Leaving Certificate Examination, 1915
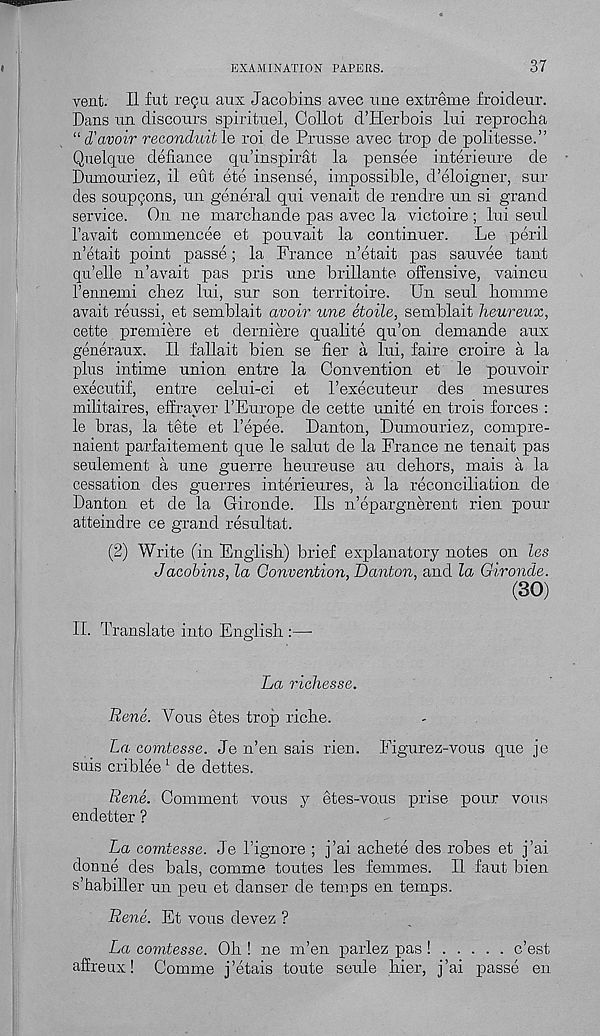
EXAMINATION PAPEHS.
37
vent. II fut regu aux Jacobins avec une extreme froideur.
Dans nn discours spirituel, Collot d’Herbois lui reprocha
“ d'avoir reconduitle roi de Prusse avec trop de politesse.”
Quelque defiance qu’inspirat la pensee interieure de
Dumouriez, il ent ete insense, impossible, d’eloigner, sni-
des soupQons, un general qui venait de rendre un si grand
service. On ne marcbande pas avec la victoire ; lui seul
1’avait commencee et pouvait la continuer.
Le peril
n’etait point passe; la France n’etait pas sauvee tant
qu’elle n’avait pas pris une brillante offensive, vaincu
I’ennemi chez lui, sur son territoire. Un seul bomme
avait reussi, et semblait avoir une etoile, semblait heureux,
cette premiere et derniere qualite qu’on demande aux
generaux. II fallait bien se fier a lui, faire croire a la
plus intime union entre la Convention et le pouvoir
executif, entre celui-ci et Pexecuteur des mesures
militaires, effrayer 1’Europe de cette unite en trois forces :
le bras, la tete et 1’epee. Danton, Dumouriez, compre-
naient parfaitement que le salut de la France ne tenait pas
seulement a une guerre beureuse au debors, mais a la
cessation des guerres interieures, a la reconciliation de
Danton et de la Gironde. Ils n’epargnerent rien pour
atteindre ce grand resultat.
(2) Write (in English) brief explanatory notes on les
Jaeobins, la Convention, Danton, and la Gironde.
(30)
II. Translate into English :—
La riehesse.
Rene. Yous etes trop riche.
La comtesse. Je n’en sais rien. Figurez-vous que je
suis criblee 1 de dettes.
Rene. Comment vous y etes-vous prise pour vous
endetter ?
La comtesse. Je Tignore ; j’ai achete des robes et j’ai
donne des bals, comme toutes les femmes. II faut bien
s’habiller un pen et danser de temps en temps.
Rene. Et vous devez ?
La comtesse. Ob ! ne m’en parlez pas!
c’est
afireux! Comme j’etais toute seule bier, j’ai passe en